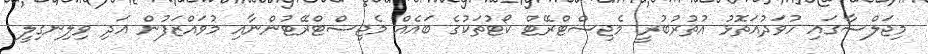
މިޖަލްސާގައި ހުވަދުއަތޮޅު އުތުރުބުރީ މެޖިސްޓްރޭޓް ކޯޓުތަކުގެ ބައެއް މެޖިސްޓްރޭޓުންނާއި މުވައްޒަފުން އަދި ވިލިނގިލީ